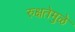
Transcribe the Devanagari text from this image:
रुक्षतेमुळे